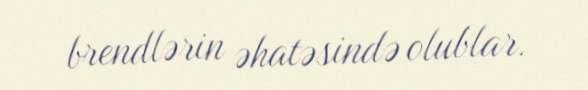
brendlərin əhatəsində olublar.